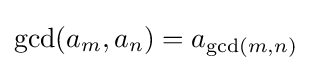
\gcd(a_{m},a_{n})=a_{\gcd(m,n)}